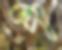
প